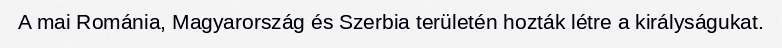
A mai Románia, Magyarország és Szerbia területén hozták létre a királyságukat.